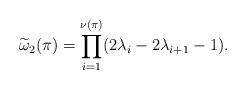
LaTeX: \begin{align*}\widetilde{\omega}_2(\pi) =\prod_{i=1}^{\nu(\pi)} (2\lambda_i-2\lambda_{i+1}-1).\end{align*}